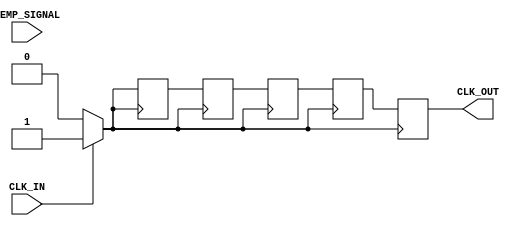
module temperature_compensated_clock_buffer (
    input wire CLK_IN,               // Input clock
    input wire [7:0] TEMP_SIGNAL,    // Temperature reading (assuming 0-255 scale)
    output reg CLK_OUT               // Output clock
);

// Parameters for adjusting clock characteristics
parameter TEMP_THRESHOLD_HIGH = 8'd200; // Example temperature threshold
parameter TEMP_THRESHOLD_LOW = 8'd50;   // Example temperature threshold
parameter DELAY_INCREMENT = 2;           // Increment for clock delay
parameter NUM_STAGES = 4;                 // Number of buffer stages

reg [3:0] clk_phase_adjust;                // Phase adjustment
reg [7:0] drive_strength;                  // Drive strength adjustment
reg clk_buffer[NUM_STAGES-1:0];           // Clock stages buffer
integer i;

// Schmitt Trigger Simulation
wire CLK_CLEAN;
assign CLK_CLEAN = (CLK_IN) ? 1'b1 : 1'b0; // Simple simulation for clean-up

// Temperature Compensation Logic
always @(*) begin
    if (TEMP_SIGNAL > TEMP_THRESHOLD_HIGH) begin
        // High temperature: reduce drive strength and increase delay
        drive_strength <= 8'd100; // Example value for strong drive strength
        clk_phase_adjust <= NUM_STAGES - DELAY_INCREMENT; // Adjust delay
    end else if (TEMP_SIGNAL < TEMP_THRESHOLD_LOW) begin
        // Low temperature: increase drive strength and reduce delay
        drive_strength <= 8'd255; // Maximum drive strength
        clk_phase_adjust <= DELAY_INCREMENT; // Reduce adjustment
    end else begin
        // Normal temperature: keep default settings
        drive_strength <= 8'd200; // Default drive strength
        clk_phase_adjust <= NUM_STAGES / 2; // Mid-point adjustment
    end
end

// Output Stage - Buffering the Clock Signal
always @(posedge CLK_CLEAN) begin
    // Logic to drive the output clock using adjusted parameters
    for (i = 0; i < NUM_STAGES; i = i + 1) begin
        clk_buffer[i] <= (i == 0) ? CLK_CLEAN : clk_buffer[i-1]; // Shift through buffers
    end
    CLK_OUT <= clk_buffer[NUM_STAGES - 1]; // Final output from last buffer stage
end

endmodule